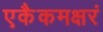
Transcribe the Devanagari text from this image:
एकैकमक्षरं